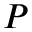
P